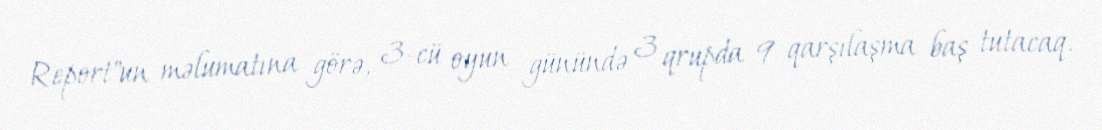
Report"un məlumatına görə, 3-cü oyun günündə 3 qrupda 9 qarşılaşma baş tutacaq.